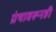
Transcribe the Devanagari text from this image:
ग्रंथावरूनही